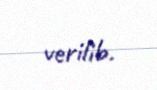
verilib.